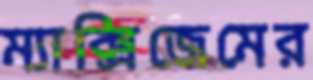
ম্যাক্সিজেমের